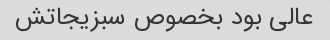
عالی بود بخصوص سبزیجاتش